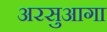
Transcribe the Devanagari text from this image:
अरसुआगा